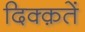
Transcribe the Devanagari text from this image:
दिक्क़तें